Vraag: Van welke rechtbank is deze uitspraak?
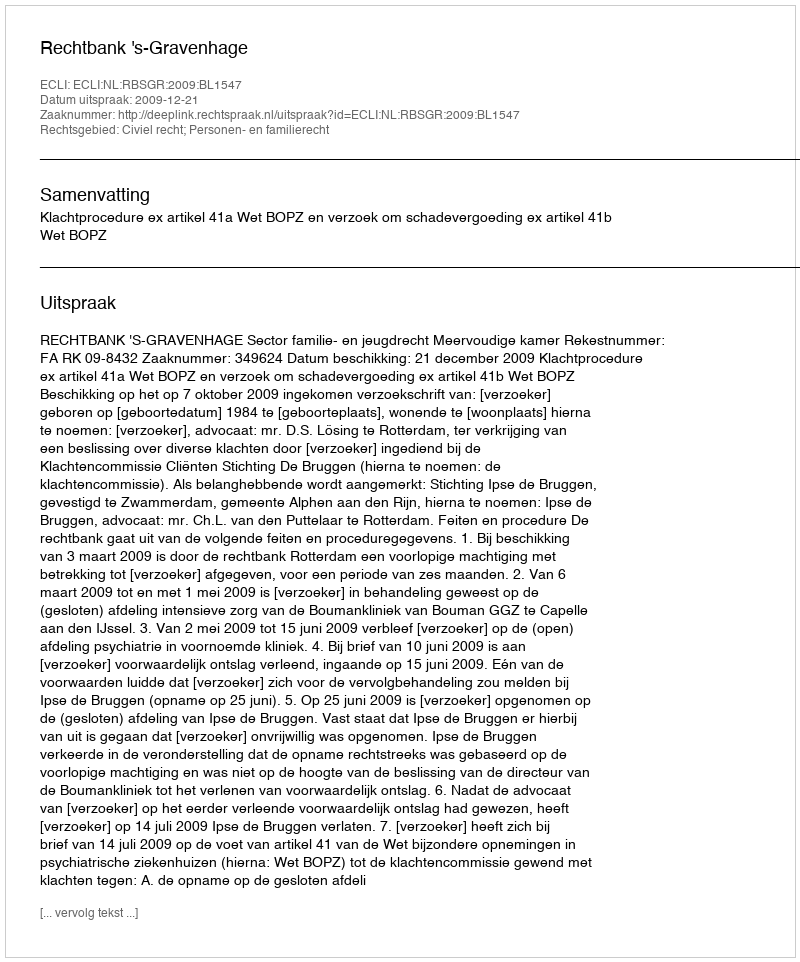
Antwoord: Rechtbank 's-Gravenhage